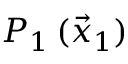
P _ { 1 } \, ( \vec { x } _ { 1 } )